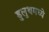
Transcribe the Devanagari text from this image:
डुलुथमध्ये